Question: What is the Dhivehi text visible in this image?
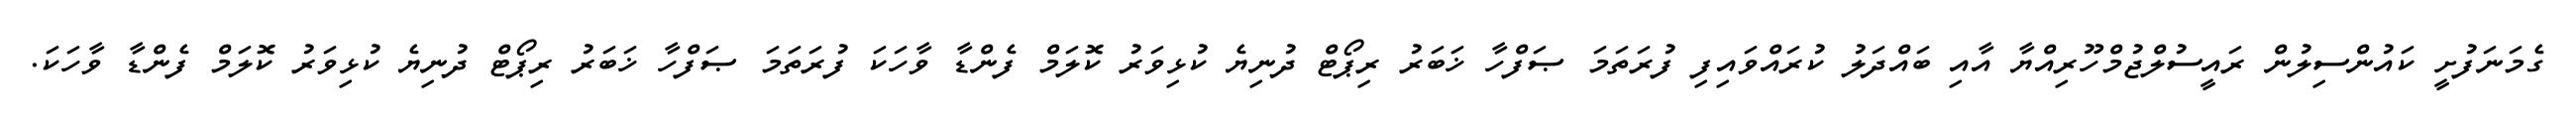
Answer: ގެމަނަފުށީ ކައުންސިލުން ރައީސުލްޖުމްހޫރިއްޔާ އާއި ބައްދަލު ކުރައްވައިފި ފުރަތަމަ ޞަފްހާ ޚަބަރު ރިޕޯޓް ދުނިޔެ ކުޅިވަރު ކޮލަމް ފެންޑާ ވާހަކަ ފުރަތަމަ ޞަފްހާ ޚަބަރު ރިޕޯޓް ދުނިޔެ ކުޅިވަރު ކޮލަމް ފެންޑާ ވާހަކަ.